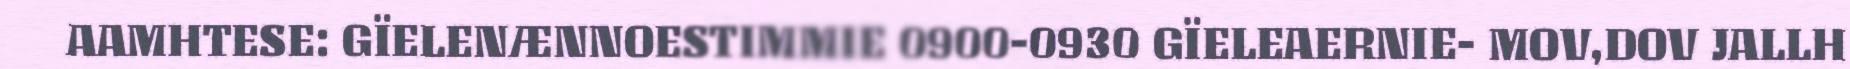
AAMHTESE: GÏELENÆNNOESTIMMIE 0900-0930 GÏELEAERNIE- MOV,DOV JALLH